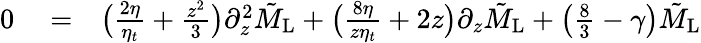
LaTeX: \begin{array}{rlr}{0}&{{}=}&{\bigl(\frac{2\eta}{\eta_{t}}+\frac{z^{2}}{3}\bigl)\partial_{z}^{2}\tilde{M}_{\mathrm{L}}+\bigl(\frac{8\eta}{z\eta_{t}}+2z\bigl)\partial_{z}\tilde{M}_{\mathrm{L}}+\bigl(\frac{8}{3}-\gamma\bigl)\tilde{M}_{\mathrm{L}}}\end{array}